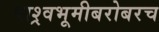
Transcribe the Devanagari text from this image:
पाश्र्वभूमीबरोबरच